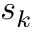
s _ { k }